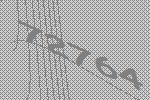
72764